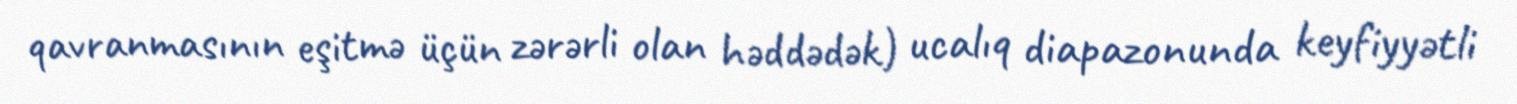
qavranmasının eşitmə üçün zərərli olan həddədək) ucalıq diapazonunda keyfiyyətli